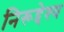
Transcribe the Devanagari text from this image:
निरूद्देश्य